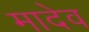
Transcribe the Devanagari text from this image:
मादेव